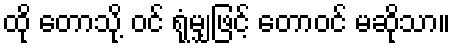
ထို တောသို့ ဝင် ရုံမျှဖြင့် တောဝင် မဆိုသာ။